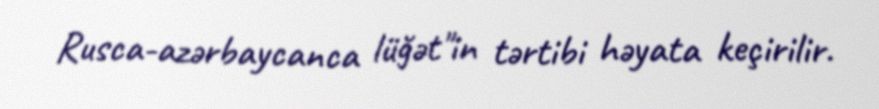
Rusca-azərbaycanca lüğət"in tərtibi həyata keçirilir.